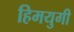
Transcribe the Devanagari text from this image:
हिमयुगी